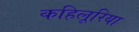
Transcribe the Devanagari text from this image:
कहिलूरिया